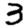
Digit: 3